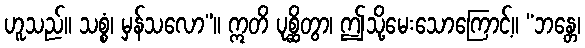
ဟူသည်။ သစ္စံ၊ မှန်သလော”။ ဣတိ ပုစ္ဆိတွာ၊ ဤသို့မေးသောကြောင့်။ “ဘန္တေ၊